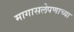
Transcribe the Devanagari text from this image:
मागासलेपणाच्या